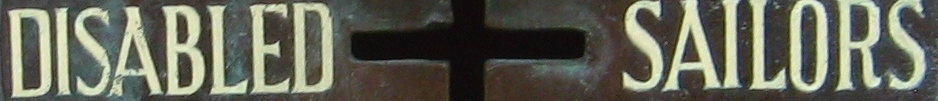
DISABLED SAILORS